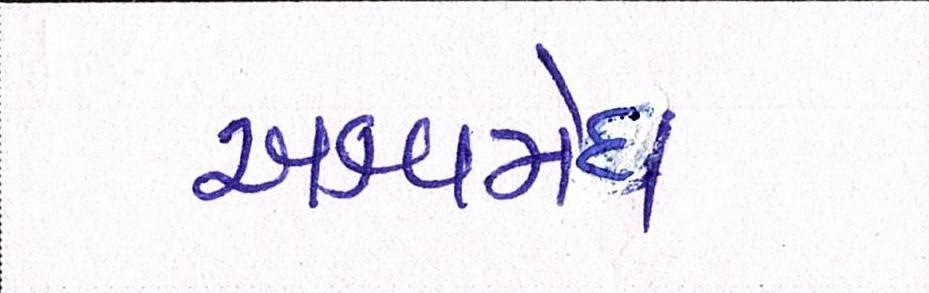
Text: અશ્વમેઘ